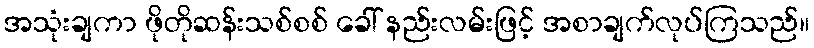
အသုံးချကာ ဖိုတိုဆန်းသစ်စစ် ခေါ် နည်းလမ်းဖြင့် အစာချက်လုပ်ကြသည်။